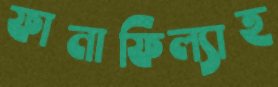
ফানাফিল্যাহ